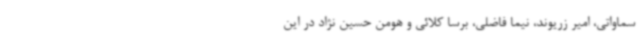
سماواتی، امیر زریوند، نیما فاضلی، برسا کلائی و هومن حسین نژاد در این